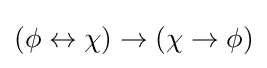
(\phi \leftrightarrow \chi )\to (\chi \to \phi )